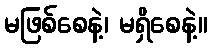
မဖြစ်စေနဲ့၊ မရှိစေနဲ့။